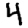
Digit: 4